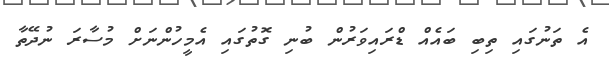
އެ ތަނުގައި ތިބި ބައެއް ޑްރައިވަރުން ބުނި ގޮތުގައި އެމީހުންނަށް މުސާރަ ނުދޭތާ